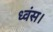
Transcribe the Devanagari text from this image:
ध्वंस।